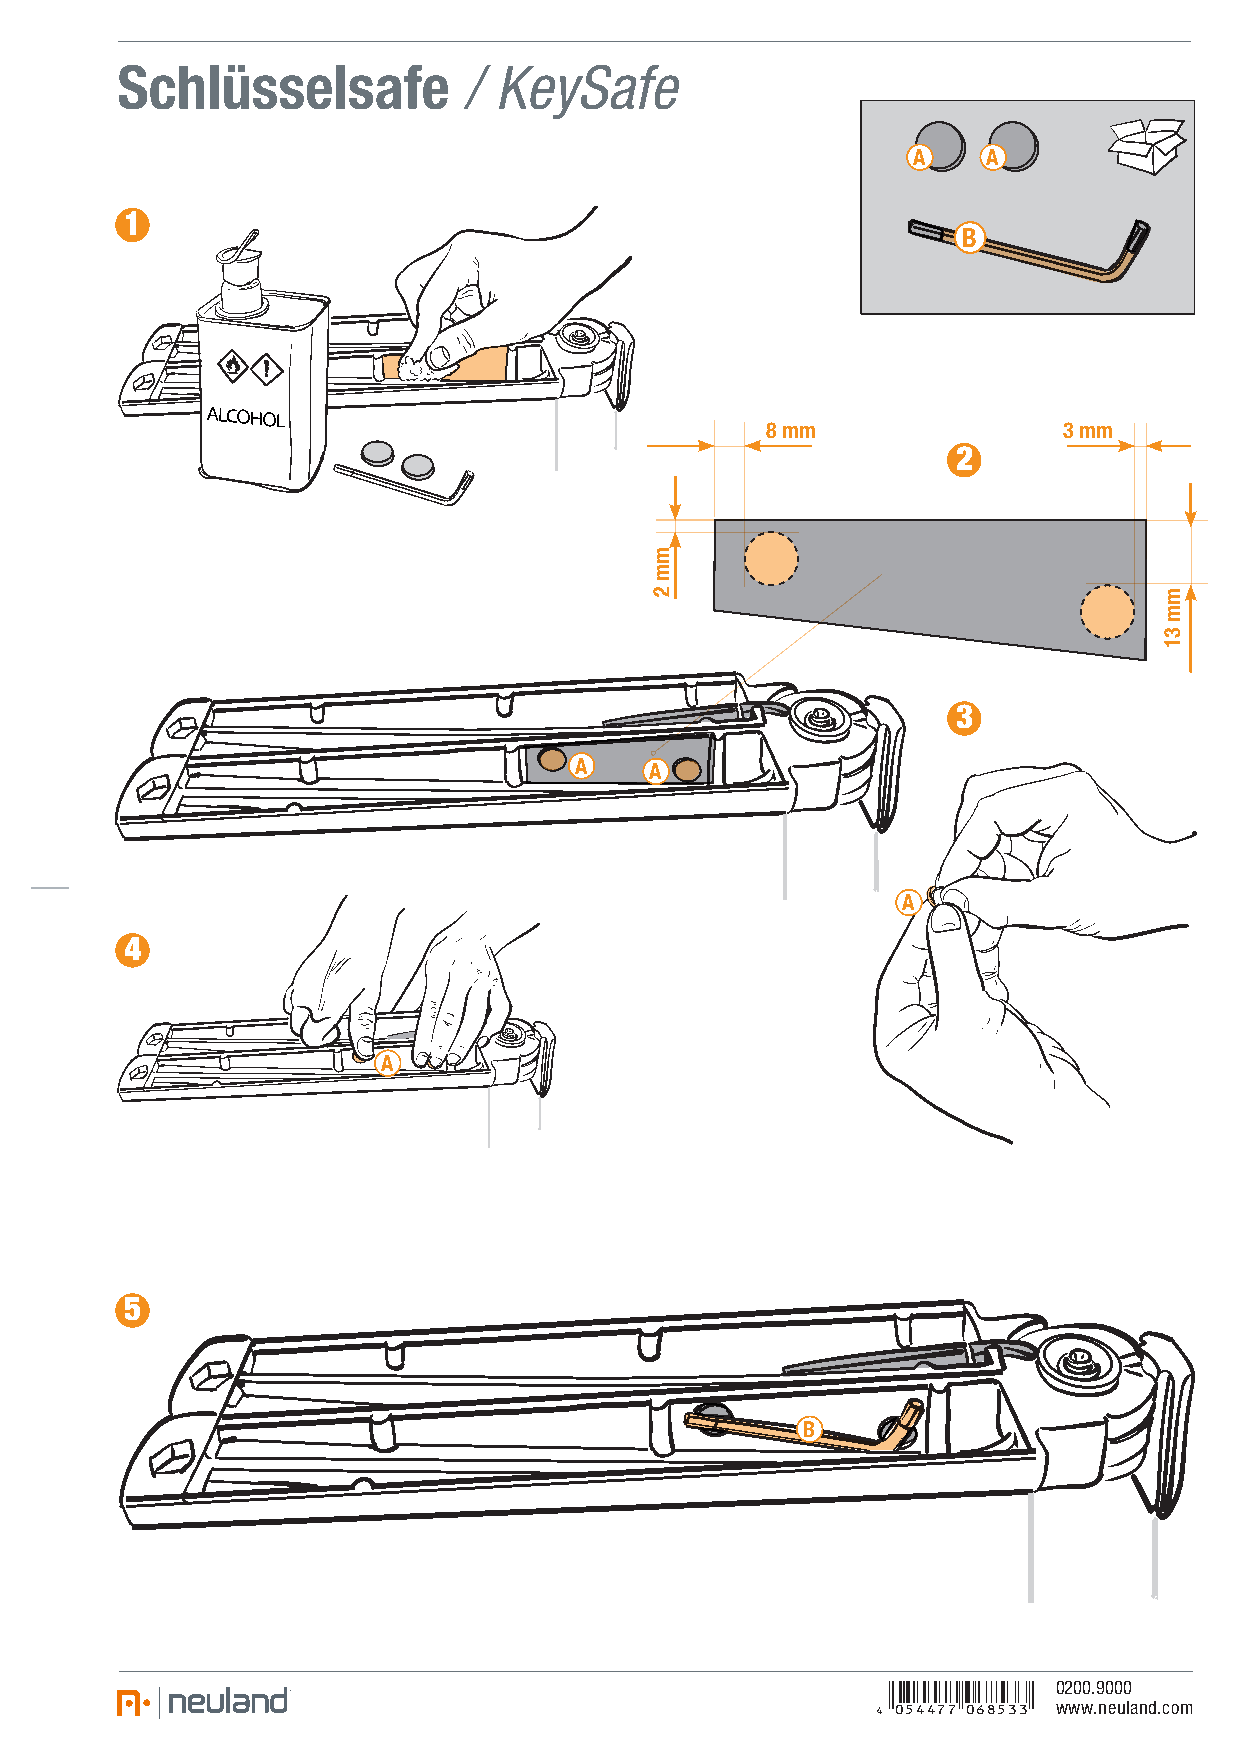
Schlüsselsafe          / KeySafe
 A    A
 1
 B
 8 mm               3 mm
 2
 3
 A    A
 A
 4
 A
 5
 B
 0200.9000
 Y(0F44HH*KQSPN N (
 www.neuland.com
 mm
 2                                 mm
 31